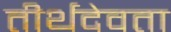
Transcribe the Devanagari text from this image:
तीर्थदेवता